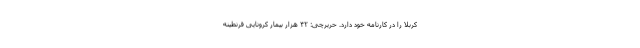
کربلا را در کارنامه خود دارد. حریرچی: ۴۲ هزار بیمار کرونایی قرنطینه